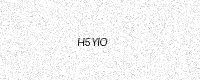
Text: H5YIO